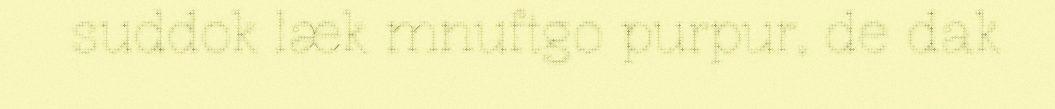
suddok læk mnuftgo purpur, de dak